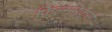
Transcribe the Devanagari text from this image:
फिल्ममेकर्स